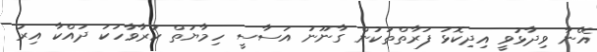
އޭނާ ވިދާޅުވީ އިދިކޮޅު ފަރާތްތަކުން ގާނޫނު އަސާސީ ހިމާޔަތް ކުރާވާހަކަ ދައްކާ އިރު